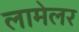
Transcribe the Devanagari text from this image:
लामेलर